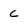
Character: C